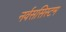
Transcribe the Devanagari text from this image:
नर्वससिस्टम